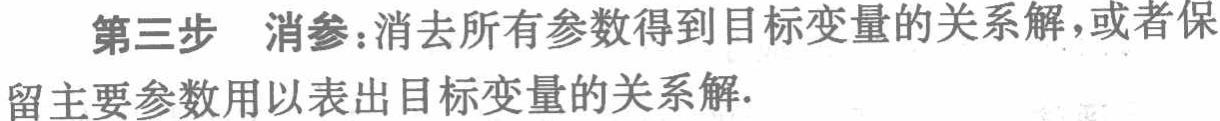
第三步 消参：消去所有参数得到目标变量的关系解，或者保留主要参数用以表出目标变量的关系解.